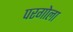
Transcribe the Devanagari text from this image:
परगोला